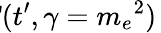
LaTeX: \! \! \! \! \! \! \! \! \! \! \! \! \! \! \! \! \! \! \! \! \! \! \! \! \! \! \! \! \! \! \! \! \! \! \! \! \! \! \! \! \! F\! F^{0}(t^{\prime})\, \, \, =\, \, \, F\! F(t^{\prime},\gamma={m_{e}}^{2})\,